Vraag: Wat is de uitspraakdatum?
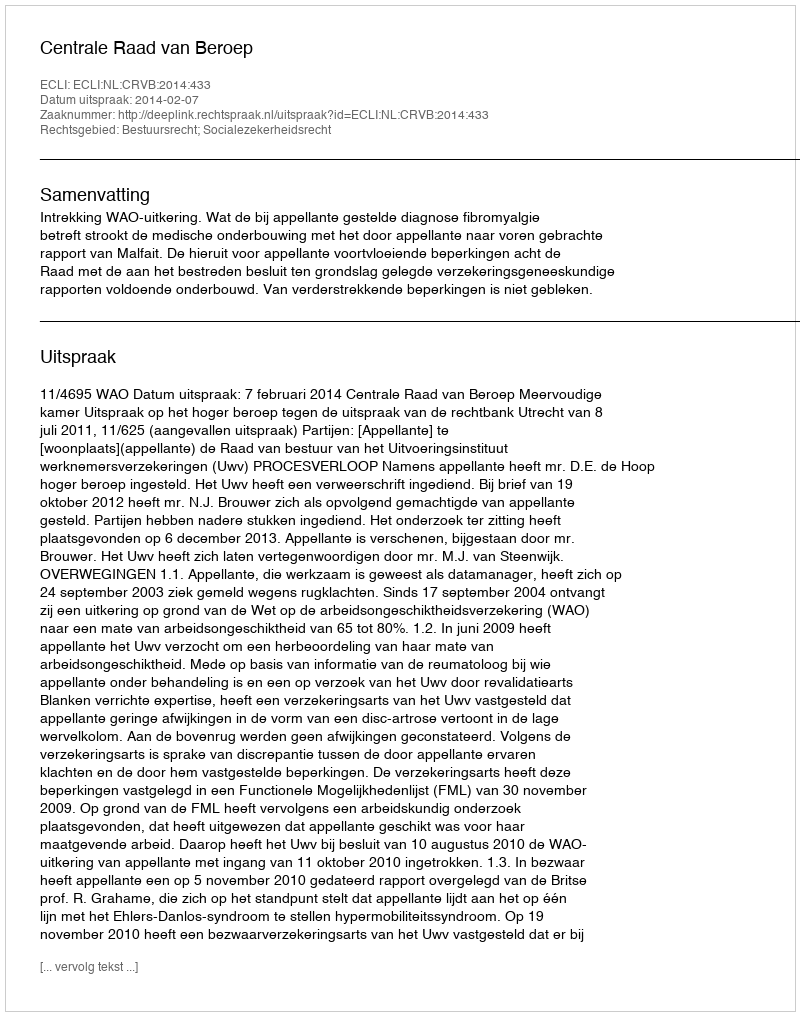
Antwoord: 2014-02-07